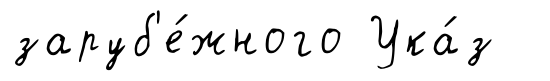
заруб'е́жного Ука́з